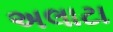
અલાટા